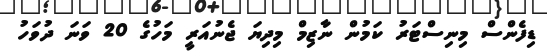
ޑިފެންސް މިނިސްޓަރު ކަމުން ނާޒިމް މިދިޔަ ޖެނުއަރީ މަހުގެ 20 ވަނަ ދުވަހު